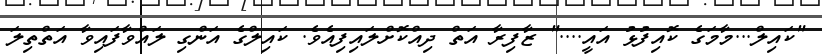
"ކައިލް...މާމަގެ ކޮއިފުޅު އައީ...." ޒާފިރާ އަތް ދިއްކޮށްލައިފިއެވެ. ކައިލްގެ އަންގި ލައްވާފައިވާ އަތްތިލަ